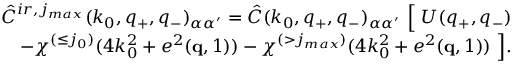
\begin{array} { r l r } & { } & { \hat { C } ^ { i r , j _ { m a x } } ( k _ { 0 } , q _ { + } , q _ { - } ) _ { \alpha \alpha ^ { \prime } } = \hat { C } ( k _ { 0 } , q _ { + } , q _ { - } ) _ { \alpha \alpha ^ { \prime } } \ \Big [ \ U ( q _ { + } , q _ { - } ) } \\ & { } & { \quad \quad \quad \quad \quad - \chi ^ { ( \le j _ { 0 } ) } ( 4 k _ { 0 } ^ { 2 } + e ^ { 2 } ( { \bf q } , 1 ) ) - \chi ^ { ( > j _ { m a x } ) } ( 4 k _ { 0 } ^ { 2 } + e ^ { 2 } ( { \bf q } , 1 ) ) \ \Big ] . } \end{array}